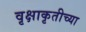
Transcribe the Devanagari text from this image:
वृक्षाकृतीच्या